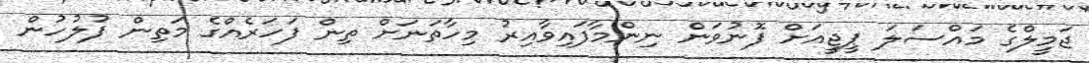
ޖަމީލްގެ މައްސަލަ ޕީޖީއަށް ފޮނުވަން ނިންމާފައިވާއިރު މިހާތަނަށް ތިން ފަހަރެއްގެ މަތިން ފުލުހުން